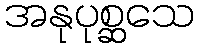
အနုပုစ္ဆသေ